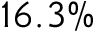
1 6 . 3 \%